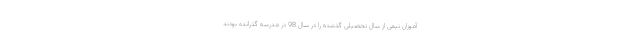
آموزان نیمی از سال تحصیلی گذشته را در سال 98 در مدرسه گذرانده بودند